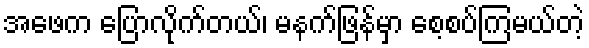
အဖေက ပြောလိုက်တယ်၊ မနက်ဖြန်မှာ စေ့စပ်ကြမယ်တဲ့